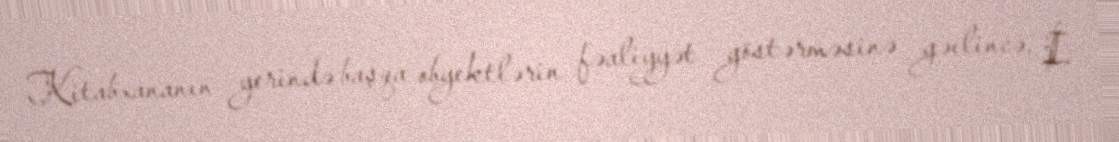
Kitabxananın yerində başqa obyektlərin fəaliyyət göstərməsinə gəılincə, İ.